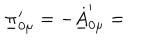
LaTeX: \underline { { { \pi } } } _ { 0 \mu } ^ { \prime } = - \underline { { { \dot { A } } } } _ { 0 \mu } ^ { \prime } =